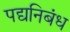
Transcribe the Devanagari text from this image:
पद्यनिबंध